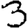
Digit: 3